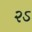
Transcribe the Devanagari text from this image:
२ऽ